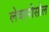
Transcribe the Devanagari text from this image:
लेवामीसोल